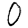
Digit: 0